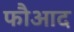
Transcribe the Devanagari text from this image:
फौआद